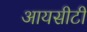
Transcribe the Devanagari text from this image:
आयसीटी